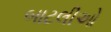
બાટલીઓ